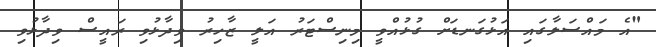
"އެ މައްސަލާގައި އަޅުގަނޑަށް ގުޅުއްވީ މިނިސްޓަރު އަލީ ޒާހިރު ވިދާޅުވި ރައީސް ވިދާޅުވި